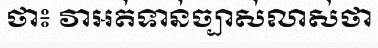
ថា៖ វាអត់ទាន់ច្បាស់លាស់ថា